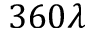
3 6 0 \lambda